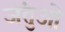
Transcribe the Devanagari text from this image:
जंतुओ